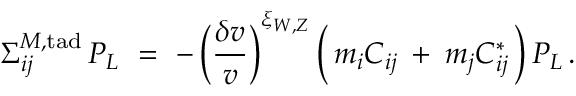
\Sigma _ { i j } ^ { M , \mathrm { t a d } } \, P _ { L } \ = \ - \, \bigg ( \frac { \delta v } { v } \bigg ) ^ { \xi _ { W , Z } } \, \Big ( \, m _ { i } C _ { i j } \: + \: m _ { j } C _ { i j } ^ { * } \, \Big ) \, P _ { L } \, .